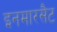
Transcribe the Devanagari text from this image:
इनमारसैट